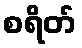
စရိတ်